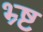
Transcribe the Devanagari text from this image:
भ्र्ष्ट